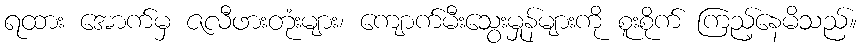
ရထား အောက်မှ ဇလီဖားတုံးများ၊ ကျောက်မီးသွေးမှုန်များကို စူးစိုက် ကြည့်နေမိသည်။